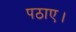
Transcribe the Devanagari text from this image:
पठाए।